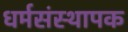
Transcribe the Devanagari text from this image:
धर्मसंस्थापक